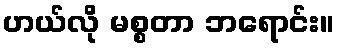
ဟယ်လို မစ္စတာ ဘရောင်း။